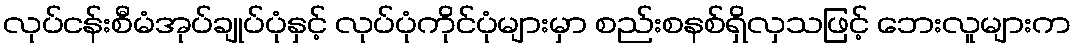
လုပ်ငန်းစီမံအုပ်ချုပ်ပုံနှင့် လုပ်ပုံကိုင်ပုံများမှာ စည်းစနစ်ရှိလှသဖြင့် ဘေးလူများက